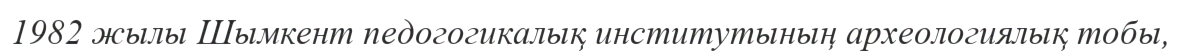
1982 жылы Шымкент педогогикалық институтының археологиялық тобы,